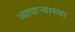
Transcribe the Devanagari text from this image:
व्यापार्‍याच्या